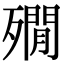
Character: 𣩞